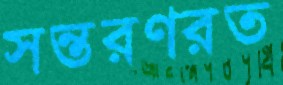
সন্তরণরত